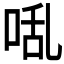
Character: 𭈅